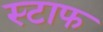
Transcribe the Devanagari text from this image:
स्टाफ